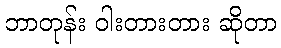
ဘာတုန်း ဝါးတားတား ဆိုတာ